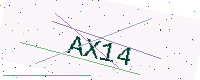
Text: AX14